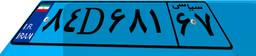
۵۶D۳۷۰۰۶